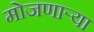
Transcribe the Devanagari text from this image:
मोजणार्‍या